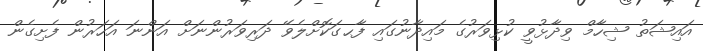
އައިޝަތު ޝިހާމް ވިދާޅުވީ ކުޅިވަރުގެ މައިދާނުގައި ފާޙގަަކޮށްލެވޭ ދަރިވަރުންނަށް އަންނަ އަހަރުން ފެށިގެން